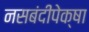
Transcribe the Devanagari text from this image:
नसबंदीपेक्षा